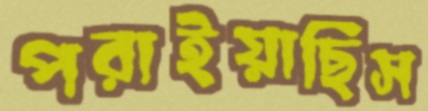
পরাইয়াছিস